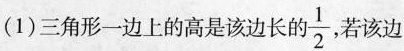
若该边(1)三角形一边上的高是该边长的 \frac{1}{2}若该边